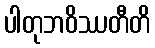
ပါတုဘဝိဿတီတိ